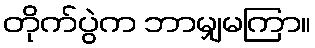
တိုက်ပွဲက ဘာမျှမကြာ။